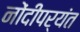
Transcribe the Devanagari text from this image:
नोंदीपर्यंत